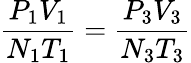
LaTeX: {\frac{P_{1}V_{1}}{N_{1}T_{1}}}={\frac{P_{3}V_{3}}{N_{3}T_{3}}}